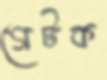
গেটক